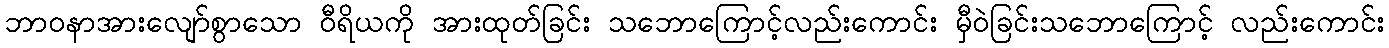
ဘာဝနာအားလျော်စွာသော ဝီရိယကို အားထုတ်ခြင်း သဘောကြောင့်လည်းကောင်း မှီဝဲခြင်းသဘောကြောင့် လည်းကောင်း